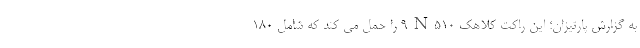
به گزارش پارتیزان؛ این راکت کلاهک 9N510 را حمل می کند که شامل ۱۸۰